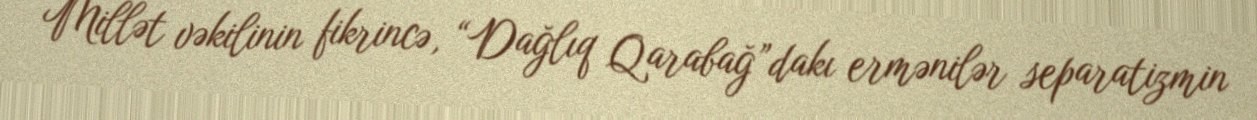
Millət vəkilinin fikrincə, “Dağlıq Qarabağ”dakı ermənilər separatizmin